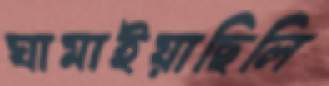
ঘামাইয়াছিলি